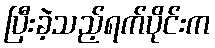
ပြီးခဲ့သည့်ရက်ပိုင်းက